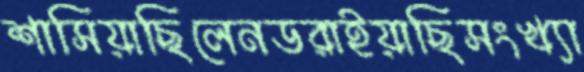
শাসিয়াছিলেনডরাইয়াছিসংখ্যা